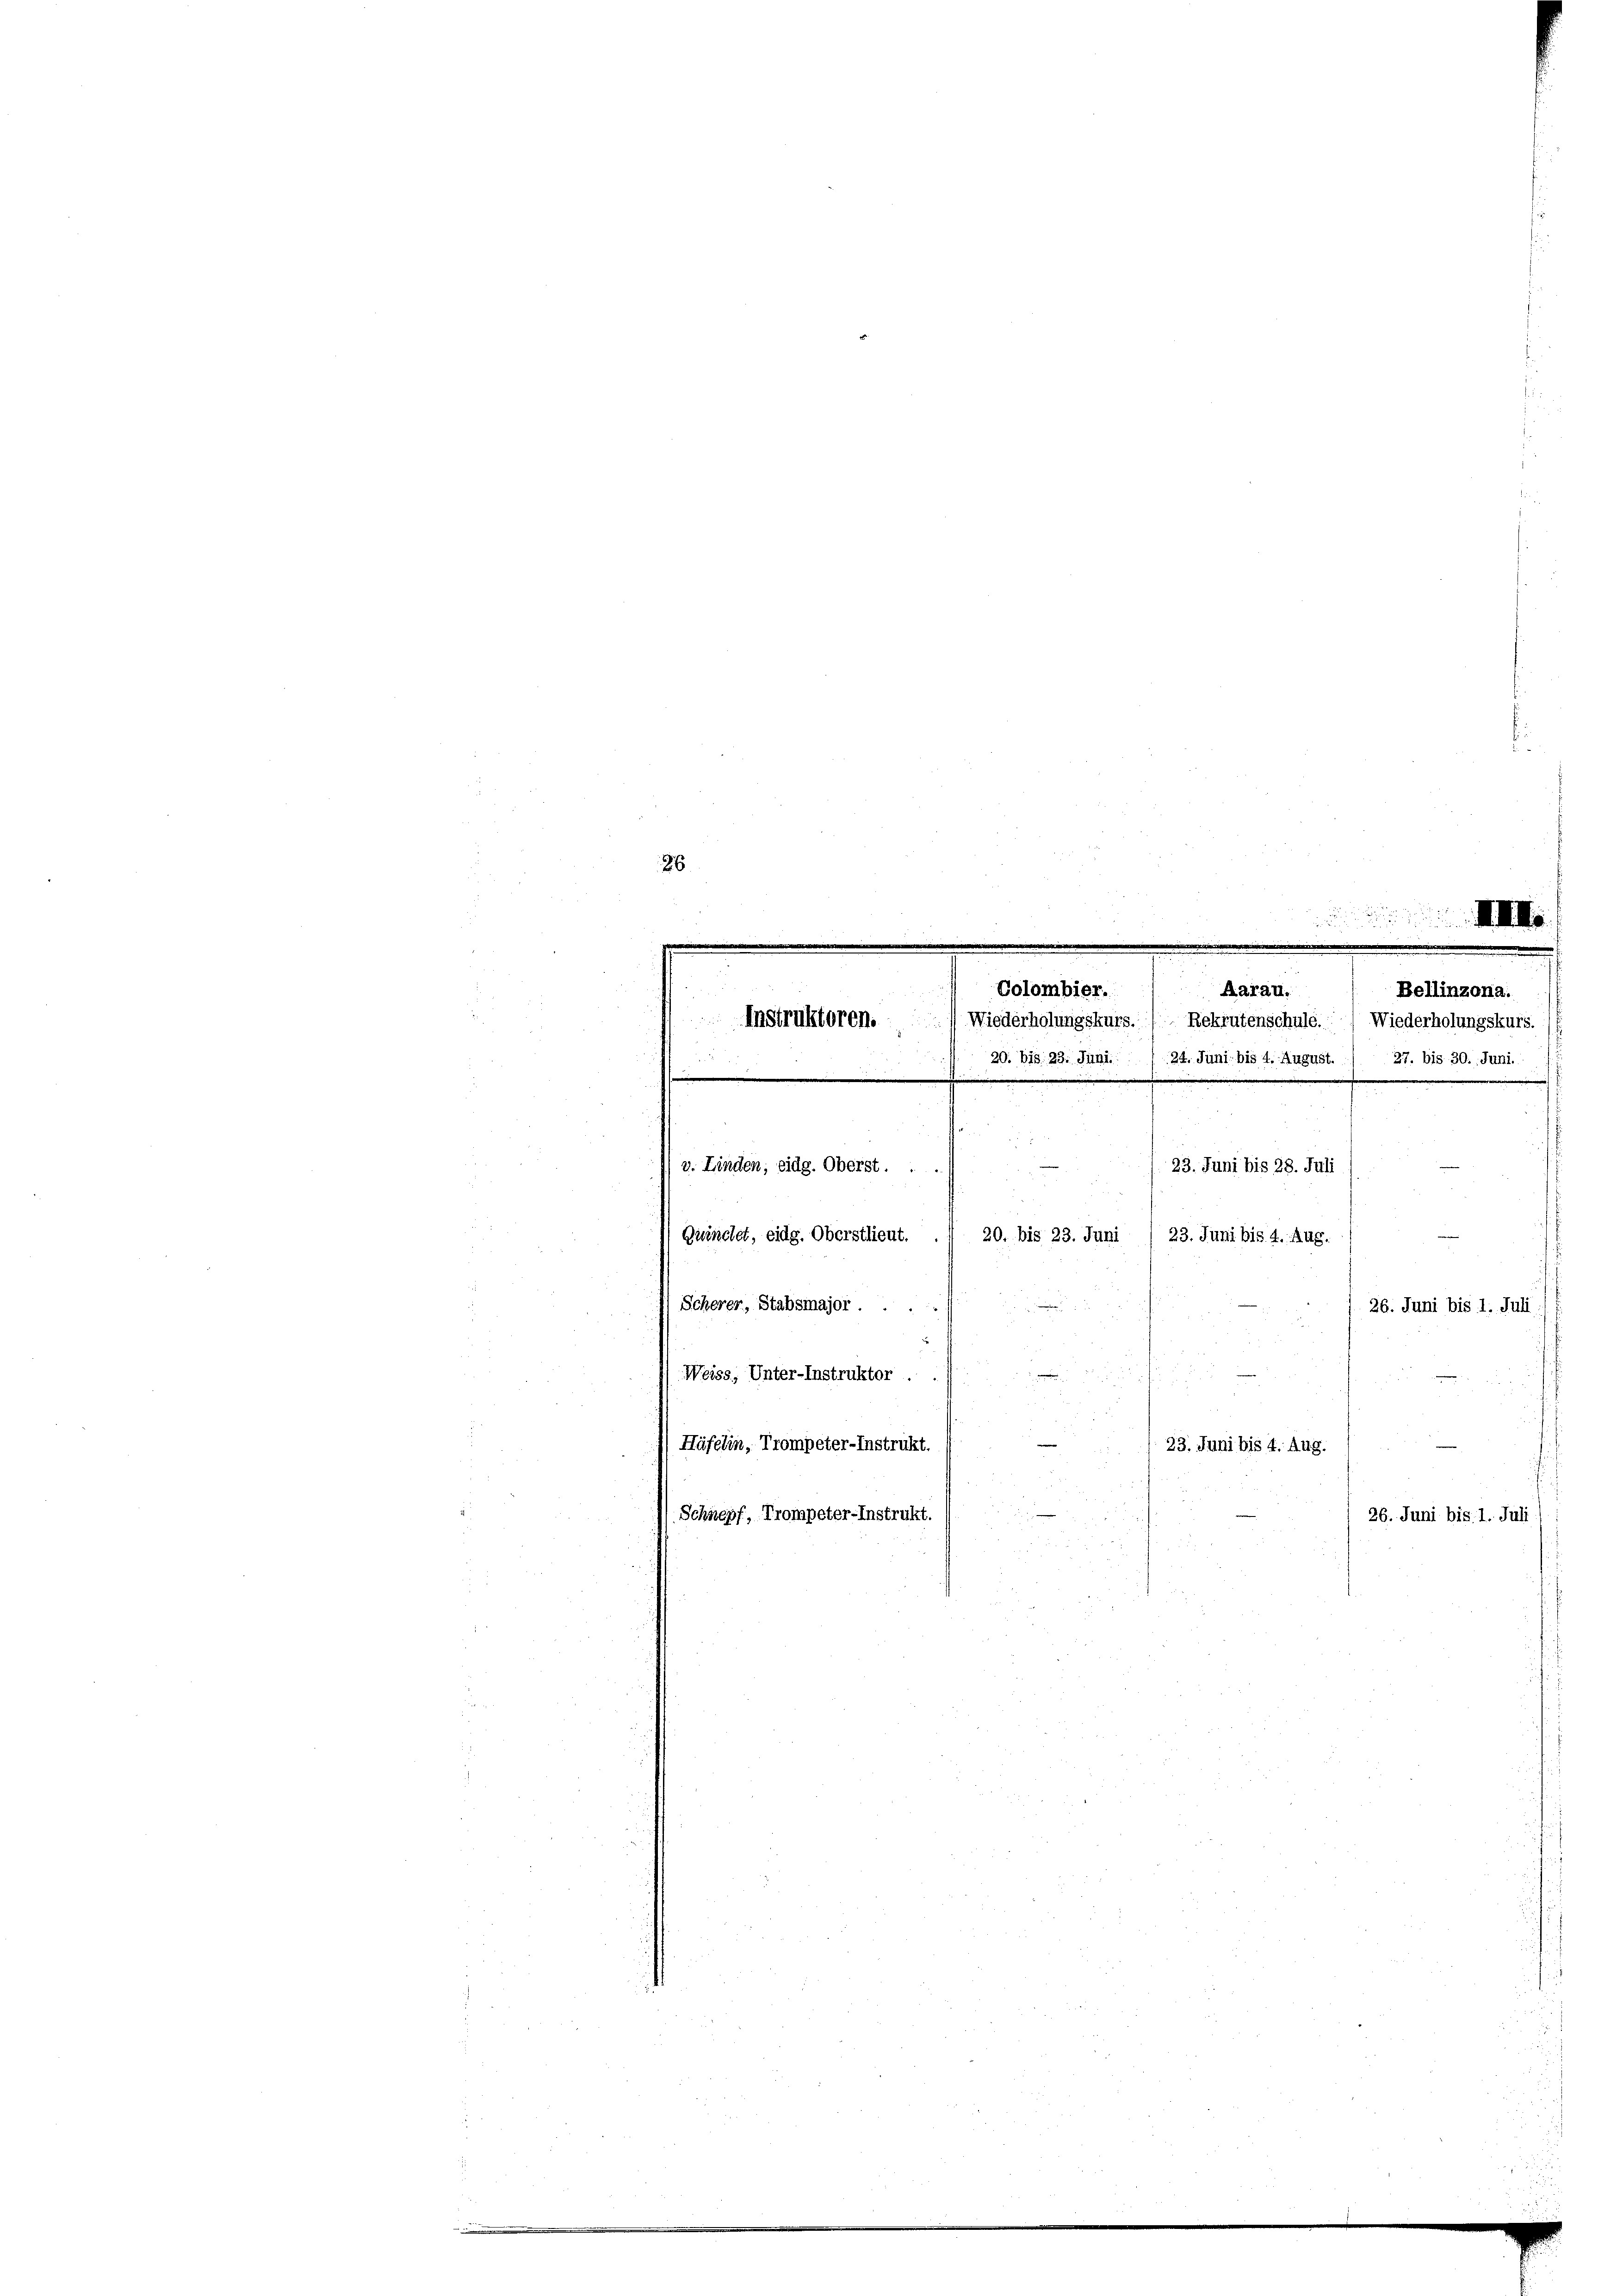
i
.

26
.
2
e

Colombier. Aarau.

Instruktoren. Wiederholungskurs. 1 Rekrutenschule. Wiederholungskurs.
20. bis 23. Juni / 24. Juni bis 4. August. / 27. bis 30. Juni.
23. Juni bis 28. Juli
v. Linden, eidg. Oberst. ..
u
Güinclet, eidg. Oberstlieut.
20. bis 23. Juni
23. Juni bis 4. Aug.
Scherer, Stabsmajor.
26. Juni bis 1. Juli
.
Weiss, Unter-Instruktor . .

.
 23. Juni bis 4. Aug.
Häfelin, Trompeter-Instrukt.
Schnepf, Trompeter-Instrukt.
26. Juni bis 1. Juli
i
u

Bellinzona.